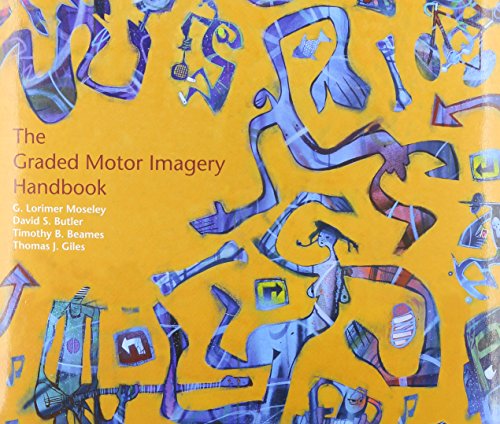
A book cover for The Graded Motor Imagery Handbook (8313); G Lorimer Moseley; Health, Fitness & Dieting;